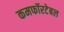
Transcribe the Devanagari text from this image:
कमफॉरटेबल